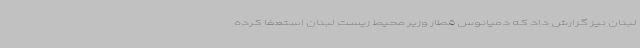
لبنان نیز گزارش داد که دمیانوس قطار وزیر محیط زیست لبنان استعفا کرده